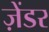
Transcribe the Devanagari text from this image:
ज़ेंडर